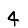
Digit: 4